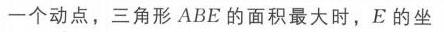
一个动点，三角形 \(ABE\) 的面积最大时，\(E\) 的坐